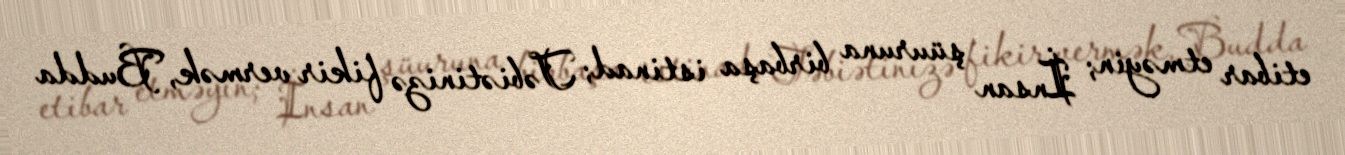
etibar etməyin; İnsan şüuruna birbaşa istinad; Təbiətinizə fikir vermək, Budda